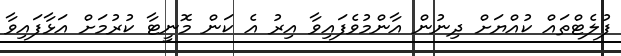
ފުލެޓްތައް ކުއްޔަށް ދިނުން އާންމުވެފައިވާ އިރު އެ ކަން މޮނީޓާ ކުރުމަށް އަޅާފައިވާ